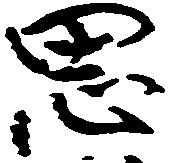
思